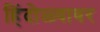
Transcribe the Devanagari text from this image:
हिंदोळ्यावर